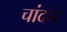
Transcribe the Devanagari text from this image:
चांदने